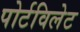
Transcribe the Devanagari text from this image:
पोर्टविलेट